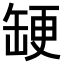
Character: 𮉳